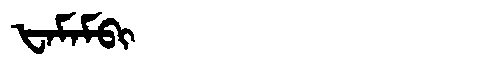
Manchu: ᡶᠠᠮᠠᠮᠪᡳ
Romanization: FAMAMBI